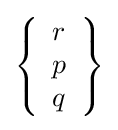
\left\{{\begin{array}{l}r\\p\\q\end{array}}\right\}